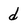
Character: d